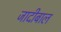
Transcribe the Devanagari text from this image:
जादीबाल